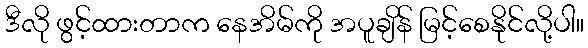
ဒီလို ဖွင့်ထားတာက နေအိမ်ကို အပူချိန် မြင့်စေနိုင်လို့ပါ။